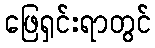
ဖြေရှင်းရာတွင်